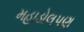
મહાડોલપણ